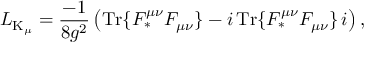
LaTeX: { \cal L } _ { \mathrm { K } _ { \mu } } = \frac { - 1 } { 8 g ^ { 2 } } \left( \mathrm { T r } \{ { \cal F } _ { \ast } ^ { \mu \nu } { \cal F } _ { \mu \nu } \} - i \, \mathrm { T r } \{ { \cal F } _ { \ast } ^ { \mu \nu } { \cal F } _ { \mu \nu } \} \, i \right) ,